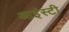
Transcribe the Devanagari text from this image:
आइंस्टी